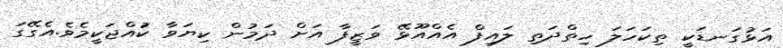
އަޅުގަނޑަކީ ތިކަހަލަ ހިތްދަތި ލައިފް އެއްއޫޅޭ ވަޒީފާ އަށް ދަމުން ކިޔަވާ ކުައްޖަކީމެވެ.އެގޭގަ